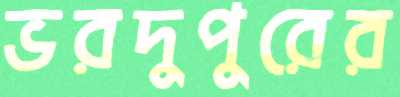
ভরদুপুরের